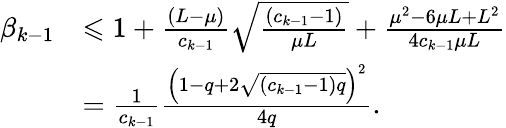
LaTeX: \begin{array}{rl}{\beta_{k-1}}&{\leqslant 1+\frac{(L-\mu)}{c_{k-1}}\sqrt{\frac{(c_{k-1}-1)}{\mu L}}+\frac{\mu^{2}-6\mu L+L^{2}}{4c_{k-1}\mu L}}\\ &{=\frac{1}{c_{k-1}}\frac{\left(1-q+2\sqrt{(c_{k-1}-1)q}\right)^{2}}{4q}.}\end{array}